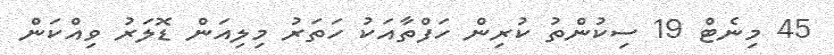
45 މިނެޓް 19 ސިކުންތު ކުރިން ހަފްތާއަކު ހަތަރު މިލިއަން ޑޮލަރު ވިއްކަން